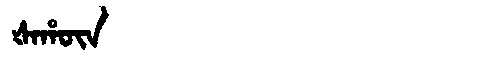
Manchu: ᡧᠠᡥᡡᠨ
Romanization: ŠAHŪN